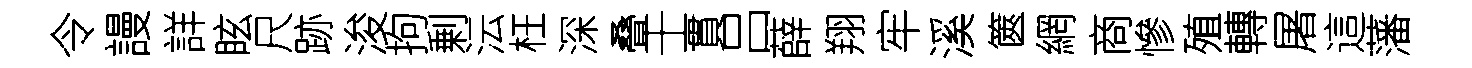
令謾詳眩尺跡浚拘剰沄枉深叠士貫吕薛翔牢溪篋網商慘殖轉屠這藩